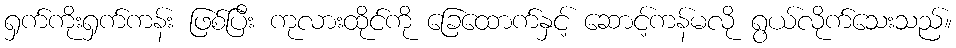
ရှက်ကိုးရှက်ကန်း ဖြစ်ပြီး ကုလားထိုင်ကို ခြေထောက်နှင့် ဆောင့်ကန်မလို ရွယ်လိုက်သေးသည်။